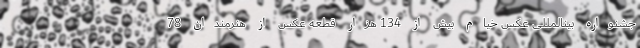
جشنواره بینالمللی عکس خیام بیش از 134 هزار قطعه عکس از هنرمندان 78